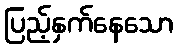
ပြည့်နှက်နေသော